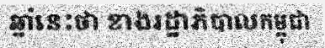
ឆ្នាំនេះថា ខាងរដ្ឋាភិបាលកម្ពុជា